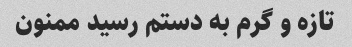
تازه و گرم به دستم رسید ممنون